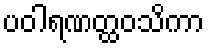
ပဝါရဏတ္ထဝသိကာ